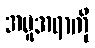
အမူအရာကို